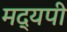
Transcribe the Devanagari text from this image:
मद्यपी